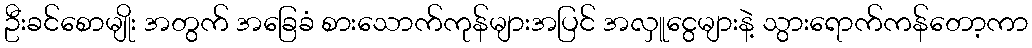
ဦးခင်စောမျိုး အတွက် အခြေခံ စားသောက်ကုန်များအပြင် အလှူငွေများနဲ့ သွားရောက်ကန်တော့ကာ